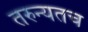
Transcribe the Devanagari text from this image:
तरुन्यतच